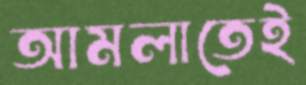
আমলাতেই